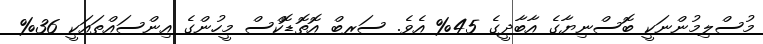
މުސްލިމުންނަކީ ބޮސްނިޔާގެ އާބާދީގެ 45% އެވެ. ސަރބް އޮތޮޑޮކްސް މީހުންގެ އިންސައްތައަކީ 36%